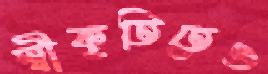
স্বীকৃতিতেও